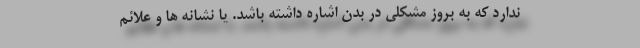
ندارد که به بروز مشکلی در بدن اشاره داشته باشد. یا نشانه ها و علائم